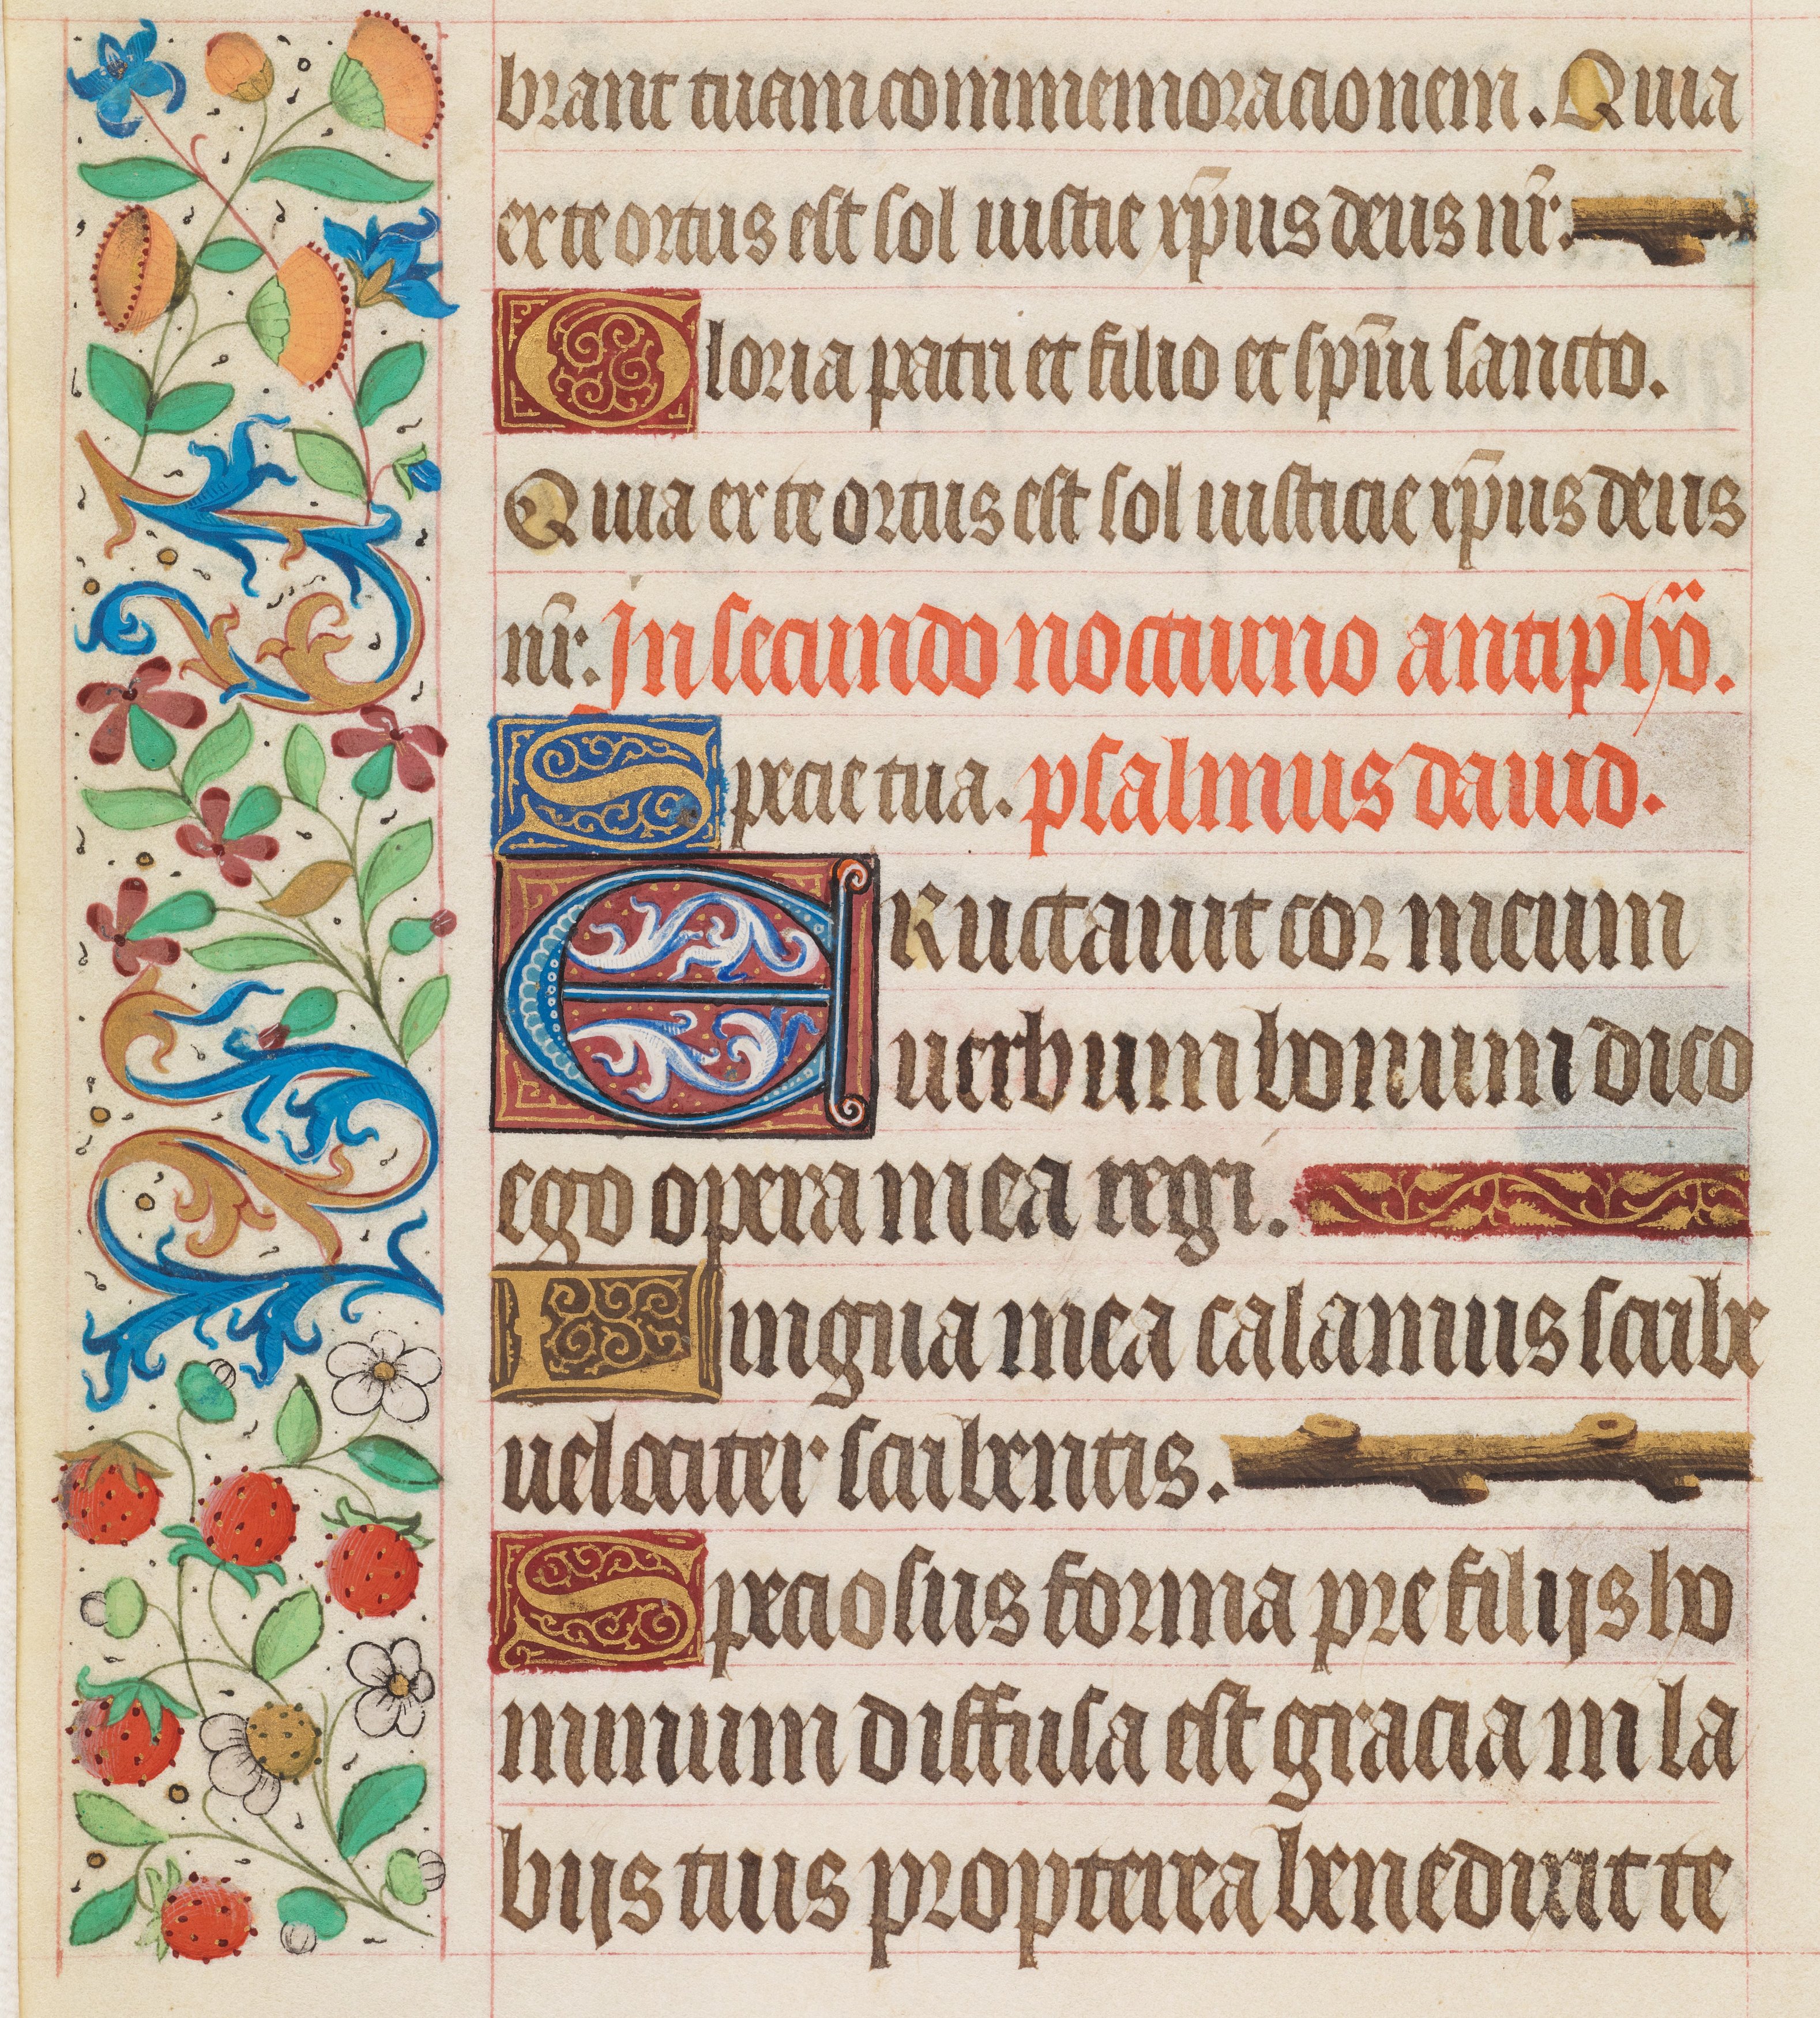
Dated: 1425–1449